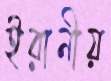
ইরানীয়